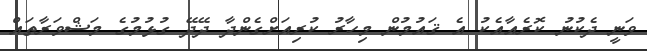
ވަނީ ދެކުނު ކޮރެއާއެކު އެ ޤައުމުން މިހާރު ކުރިއަށްގެންދާ ދޭދޭ ގުޅުމުގެ މަޝްވަރާތައް